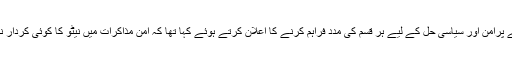
نیٹو جنرل سیکریٹری نے گزشتہ ماہ اپنے ایک بیان میں افغانستان کے پُرامن اور سیاسی حل کے لیے ہر قسم کی مدد فراہم کرنے کا اعلان کرتے ہوئے کہا تھا کہ امن مذاکرات میں نیٹو کا کوئی کردار نہیں ہوتا لیکن ہم اس کی سیاسی اور اخلاقی حمایت جاری رکھیں گے۔